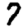
Digit: 7